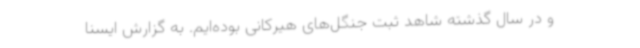
و در سال گذشته شاهد ثبت جنگل‌های هیرکانی بوده‌ایم. به گزارش ایسنا